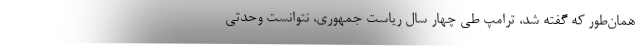
همان‌طور که گفته شد، ترامپ طی چهار سال ریاست جمهوری، نتوانست وحدتی